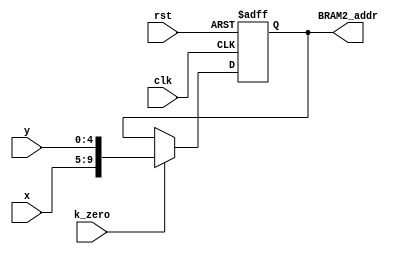
module BRAM2_out_L1(BRAM2_addr,clk,rst,k_zero,x,y);
output reg [9:0] BRAM2_addr;
input clk,rst,k_zero;
input [4:0] x,y;
always @ (posedge clk or negedge rst)
	begin
		if (! rst ) 
			BRAM2_addr<=0;
		else if(k_zero)
			BRAM2_addr<={x,y};
	end

endmodule